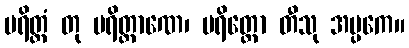
ပရိတ္တံ တု ပရိတ္တာဏေ၊ ပရိတ္တော တီသု အပ္ပကေ။